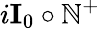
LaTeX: i\textbf{I}_{0}\circ\mathbb{N}^{+}